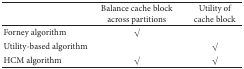
|  | Balance cache block across partitions | Utility of cache block |
 | --- | --- | --- |
 | Forney algorithm | √ |  |
 | Utility-based algorithm |  | √ |
 | HCM algorithm | √ | √ |